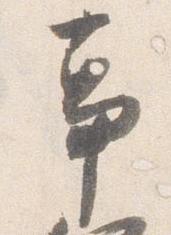
事